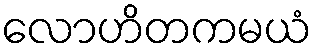
လောဟိတကမယံ